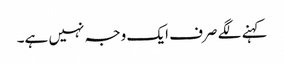
کہنے لگے صرف ایک وجہ نہیں ہے۔